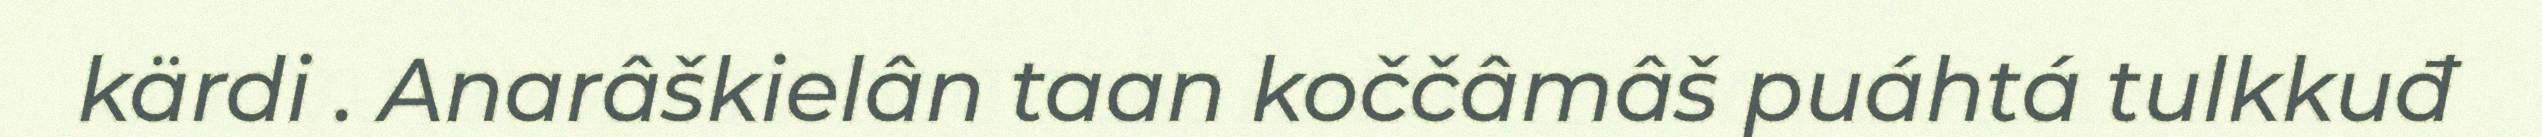
kärdi . Anarâškielân taan koččâmâš puáhtá tulkkuđ